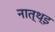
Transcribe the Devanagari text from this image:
नात्थ्इ